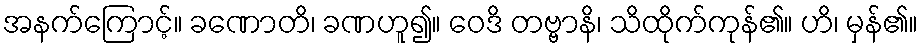
အနက်ကြောင့်။ ခဏောတိ၊ ခဏဟူ၍။ ဝေဒိ တဗ္ဗာနိ၊ သိထိုက်ကုန်၏။ ဟိ၊ မှန်၏။